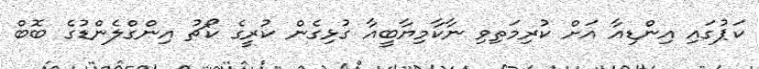
ކަޕުގައި އިންޑިއާ އަށް ކުރިމަތިވި ނާކާމިޔާބީއާ ގުޅިގެން ކުރީގެ ކޯޗު އިންގްލެންޑުގެ ބޮބް